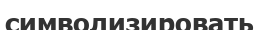
символизировать